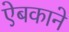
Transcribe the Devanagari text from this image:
ऐबकाने